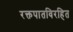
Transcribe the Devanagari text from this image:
रक्तपातविरहित